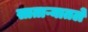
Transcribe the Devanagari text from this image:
साताऱ्यातले